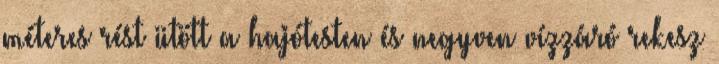
méteres rést ütött a hajótesten és negyven vízzáró rekesz